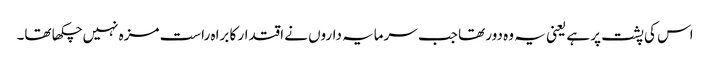
اس کی پشت پر ہے یعنی یہ وہ دور تھا جب سرمایہ داروں نے اقتدار کا براہ راست مزہ نہیں چکھا تھا۔